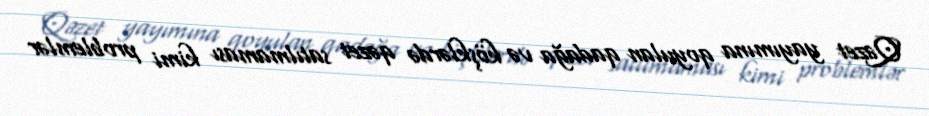
Qəzet yayımına qoyulan qadağa və köşklərdə qəzet satılmaması kimi problemlər